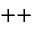
^ { + + }